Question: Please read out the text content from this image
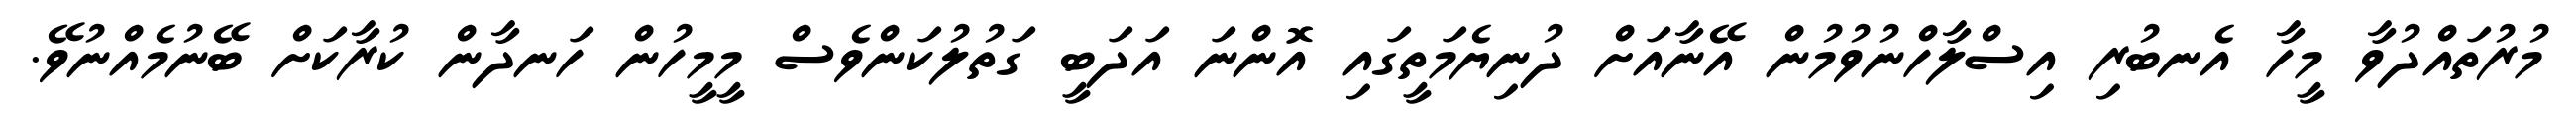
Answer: މުރުތައްދުވާ މީހާ އެނބުރި އިސްލާހްނުވުމުން އޭނާއަށް ދުނިޔެމަތީގައި އޮންނަ އަދަބީ ގަތުލުކަންވެސް މީމީހުން ހަނދާން ކުރާކަށް ބޭނުމެއްނުވޭ.